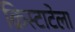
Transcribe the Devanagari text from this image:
क्रिस्टाटेला